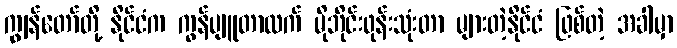
ကျွန်တော်တို့ နိုင်ငံက ကွန်ပျူတာထက် မိုဘိုင်းဖုန်းသုံးတာ များတဲ့နိုင်ငံ ဖြစ်တဲ့ အခါမှာ